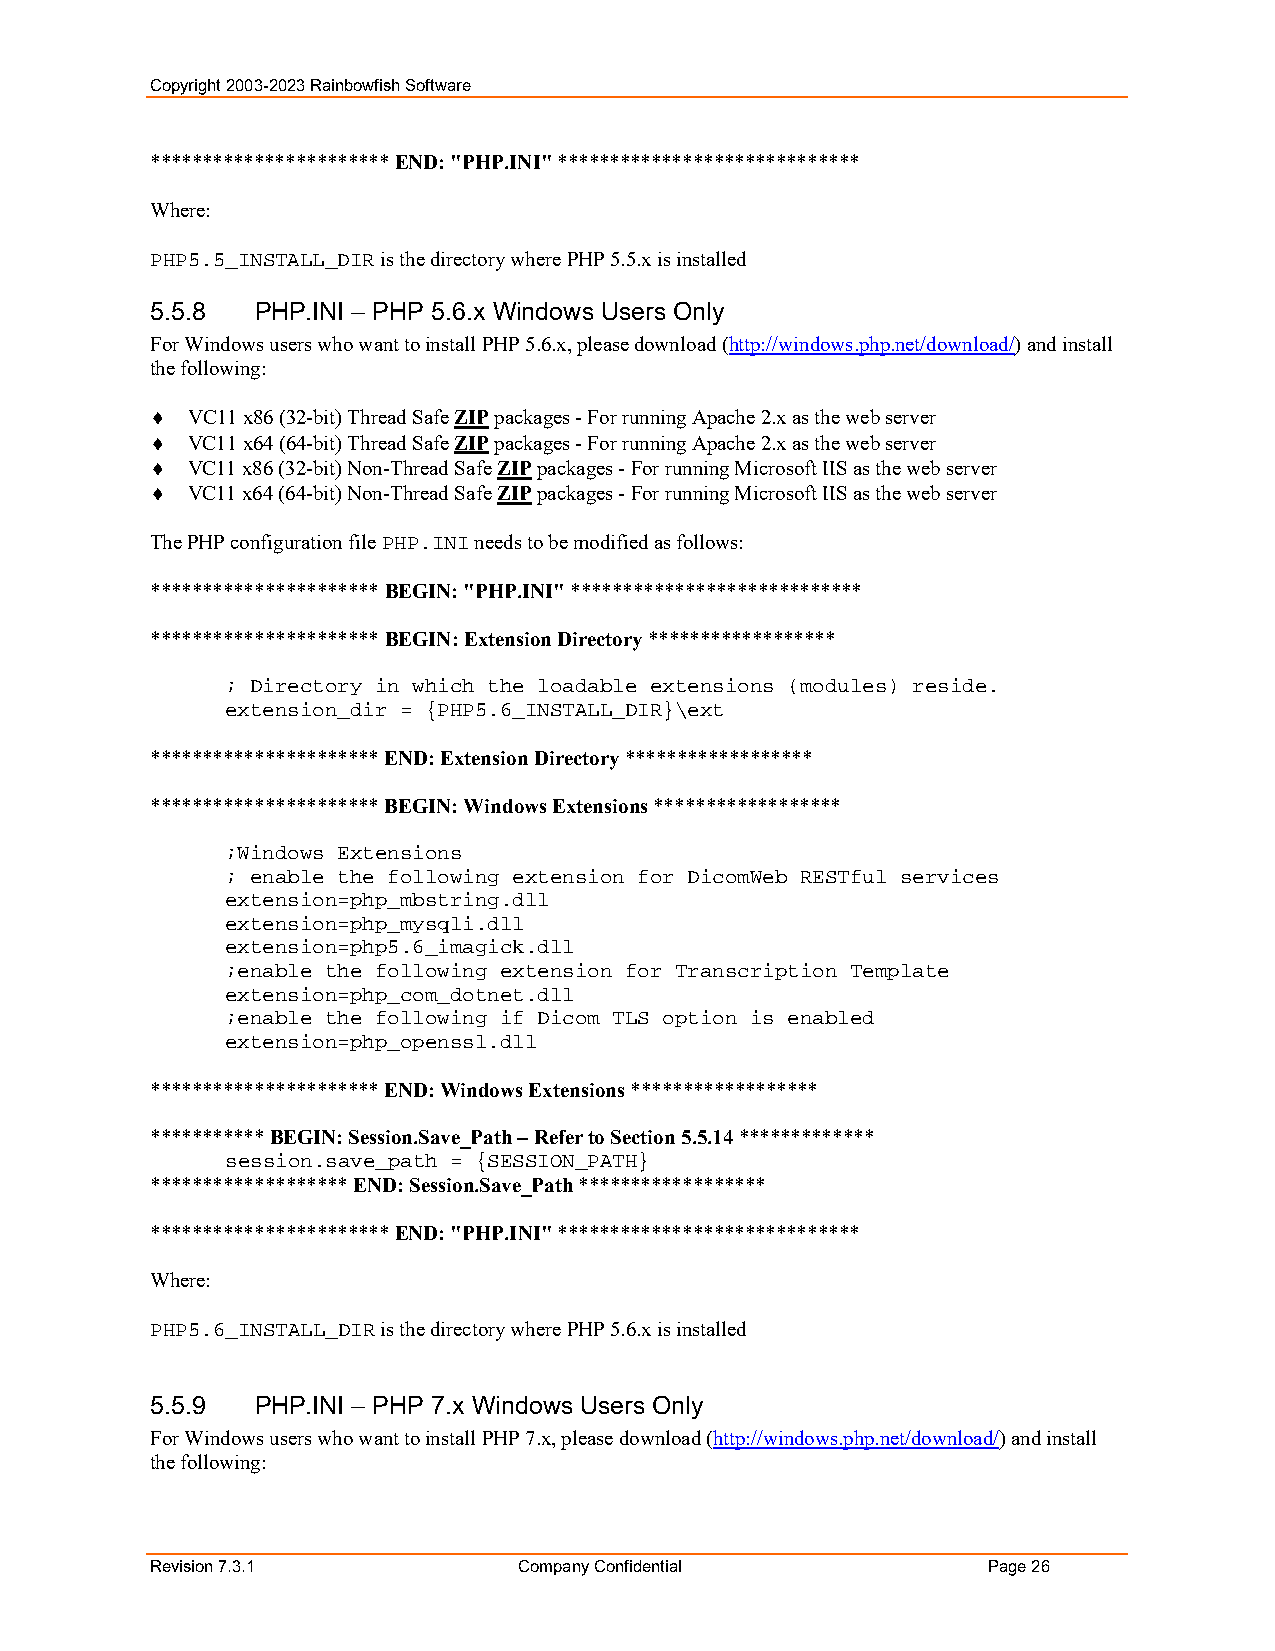
Copyright 2003-2023 Rainbowfish Software
 *********************** END: "PHP.INI" *****************************
 Where:
 PHP5.5_INSTALL_DIR is the directory where PHP 5.5.x is installed
 5.5.8  PHP.INI – PHP 5.6.x Windows Users Only
 For Windows users who want to install PHP 5.6.x, please download (http://windows.php.net/download/) and install
 the following:
  VC11 x86 (32-bit) Thread Safe ZIP packages - For running Apache 2.x as the web server
  VC11 x64 (64-bit) Thread Safe ZIP packages - For running Apache 2.x as the web server
  VC11 x86 (32-bit) Non-Thread Safe ZIP packages - For running Microsoft IIS as the web server
  VC11 x64 (64-bit) Non-Thread Safe ZIP packages - For running Microsoft IIS as the web server
 The PHP configuration file PHP.INI needs to be modified as follows:
 ********************** BEGIN: "PHP.INI" ****************************
 ********************** BEGIN: Extension Directory ******************
 ; Directory in which the loadable extensions (modules) reside.
 extension_dir = {PHP5.6_INSTALL_DIR}\ext
 ********************** END: Extension Directory ******************
 ********************** BEGIN: Windows Extensions ******************
 ;Windows Extensions
 ; enable the following extension for DicomWeb RESTful services
 extension=php_mbstring.dll
 extension=php_mysqli.dll
 extension=php5.6_imagick.dll
 ;enable the following extension for Transcription Template
 extension=php_com_dotnet.dll
 ;enable the following if Dicom TLS option is enabled
 extension=php_openssl.dll
 ********************** END: Windows Extensions ******************
 *********** BEGIN: Session.Save_Path – Refer to Section 5.5.14 *************
 session.save_path = {SESSION_PATH}
 ******************* END: Session.Save_Path ******************
 *********************** END: "PHP.INI" *****************************
 Where:
 PHP5.6_INSTALL_DIR is the directory where PHP 5.6.x is installed
 5.5.9  PHP.INI – PHP 7.x Windows Users Only
 For Windows users who want to install PHP 7.x, please download (http://windows.php.net/download/) and install
 the following:
 Revision 7.3.1          Company Confidential           Page 26